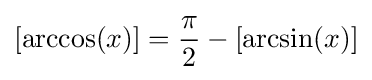
[\arccos(x)]={\frac {\pi }{2}}-[\arcsin(x)]